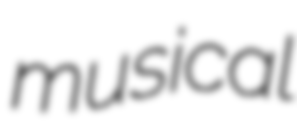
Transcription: musical